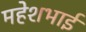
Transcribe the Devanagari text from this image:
महेशभाई